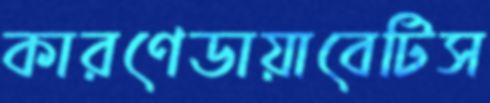
কারণেডায়াবেটিস